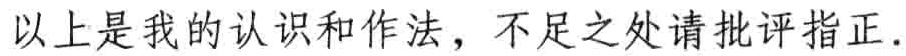
以上是我的认识和作法，不足之处请批评指正.